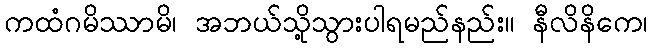
ကထံဂမိဿာမိ၊ အဘယ်သို့သွားပါရမည်နည်း။ နီလိနိကေ၊